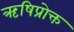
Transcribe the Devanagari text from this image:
ऋषिप्रोक्त